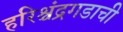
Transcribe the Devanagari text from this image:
हरिश्चंद्रगडाची